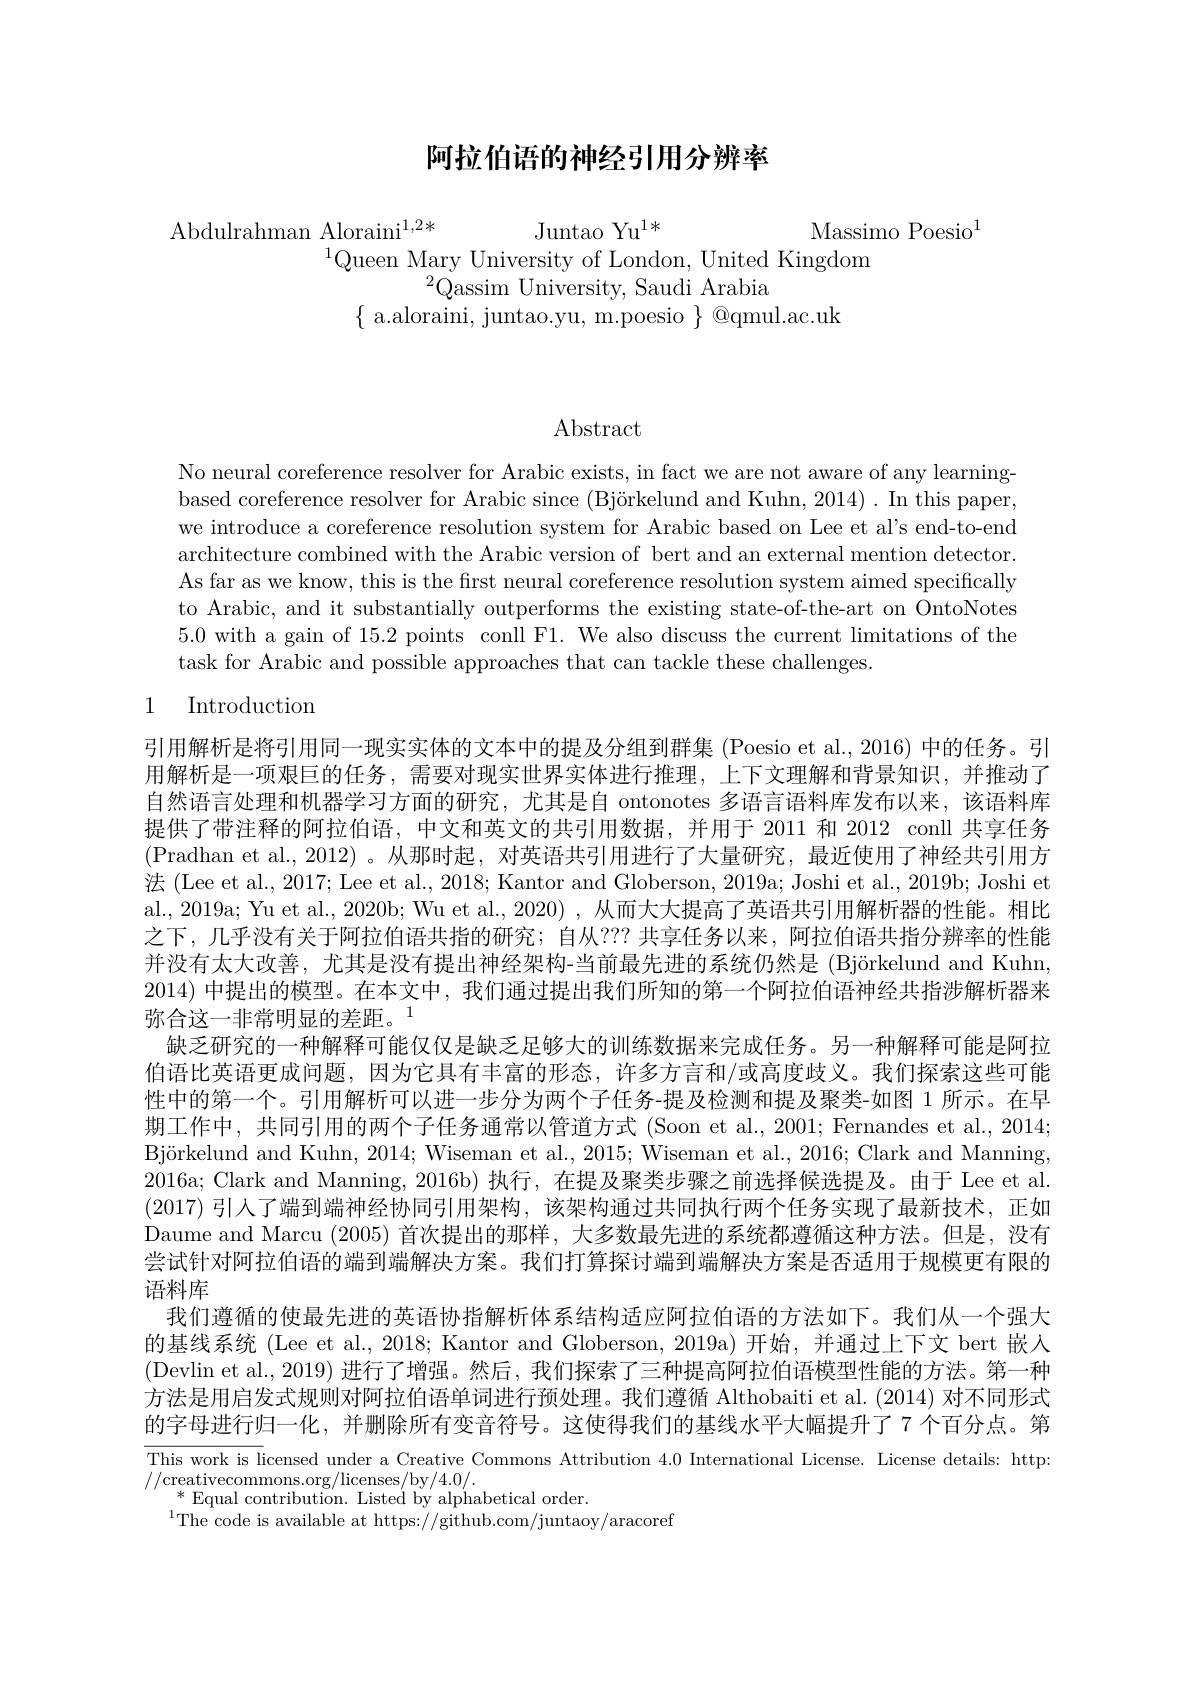
# 阿拉伯语的神经引用分辨率

Juntao Yu$^{1*}$

$\mathrm{Massimo~Poesio}^{1}$
Abdulrahman Aloraini$^{1,2*}$
$^{1}$Queen Mary University of London, United Kingdom
${}^{2}$Qassim University, Saudi Arabia
$\{$ a.aloraini, juntao.yu, m.poesio $\}$ @qmul.ac.uk

$\operatorname{Abstract}$

No neural coreference resolver for Arabic exists, in fact we are not aware of any learningbased coreference resolver for Arabic since (Björkelund and Kuhn, 2014). In this paper, we introduce a coreference resolution system for Arabic based on Lee et al's end-to-end architecture combined with the Arabic version of bert and an external mention detector. As far as we know, this is the first neural coreference resolution system aimed specifically to Arabic, and it substantially outperforms the existing state-of-the-art on OntoNotes 5.0 with a gain of 15.2 points conll F1. We also discuss the current limitations of the task for Arabic and possible approaches that can tackle these challenges.

# 1 Introduction

引用解析是将引用同一现实实体的文本中的提及分组到群集 (Poesio et al., 2016) 中的任务。引用解析是一项艰巨的任务，需要对现实世界实体进行推理，上下文理解和背景知识，并推动了自然语言处理和机器学习方面的研究，尤其是自 ontonotes 多语言语料库发布以来，该语料库提供了带注释的阿拉伯语，中文和英文的共引用数据，并用于 2011 和 2012 conll 共享任务(Pradhan et al.,2012)。从那时起，对英语共引用进行了大量研究，最近使用了神经共引用方法 (Lee et al., 2017; Lee et al., 2018; Kantor and Globerson, 2019a; Joshi et al., 2019b; Joshi et al.,2019a; Yu et al., 2020b; Wu et al., 2020) , 从而大大提高了英语共引用解析器的性能。相比之下，几乎没有关于阿拉伯语共指的研究；自从？?? 共享任务以来，阿拉伯语共指分辨率的性能并没有太大改善，尤其是没有提出神经架构-当前最先进的系统仍然是 (Björkelund and Kuhn, 2014)中提出的模型。在本文中，我们通过提出我们所知的第一个阿拉伯语神经共指涉解析器来弥合这一非常明显的差距。1
缺乏研究的一种解释可能仅仅是缺乏足够大的训练数据来完成任务。另一种解释可能是阿拉伯语比英语更成问题，因为它具有丰富的形态，许多方言和/或高度歧义。我们探索这些可能性中的第一个。引用解析可以进一步分为两个子任务-提及检测和提及聚类-如图 1 所示。在早期工作中，共同引用的两个子任务通常以管道方式 (Soon et al., 2001; Fernandes et al., 2014; Björkelund and Kuhn, 2014; Wiseman et al., 2015; Wiseman et al., 2016; Clark and Manning, 2016a; Clark and Manning, 2016b) 执行，在提及聚类步骤之前选择候选提及。由于 Lee et al. (2017)引人了端到端神经协同引用架构，该架构通过共同执行两个任务实现了最新技术，正如Daume and Marcu (2005)首次提出的那样，大多数最先进的系统都遵循这种方法。但是，没有尝试针对阿拉伯语的端到端解决方案。我们打算探讨端到端解决方案是否适用于规模更有限的语料库
我们遵循的使最先进的英语协指解析体系结构适应阿拉伯语的方法如下。我们从一个强大的基线系统 (Lee et al., 2018; Kantor and Globerson, 2019a) 开始，并通过上下文 bert 嵌入(Devlin et al.,2019) 进行了增强。然后，我们探索了三种提高阿拉伯语模型性能的方法。第一种方法是用启发式规则对阿拉伯语单词进行预处理。我们遵循 Althobaiti et al. (2014) 对不同形式的字母进行归一化，并删除所有变音符号。这使得我们的基线水平大幅提升了 7 个百分点。第This work is licensed under a Creative Commons Attribution 4.0 International License. License details: http: $//\underset{*}{\operatorname*{\operatorname*{\text{creativecommons.org/licenses/by/4.0/.}}}}{\operatorname*{\operatorname*{\text{creativecommons.org/licenses/by/4.0/.}}}}$

$^*$Equal contribution. Listed by alphabetical order.
$^{1}$The code is available at https://github.com/juntaoy/aracoref